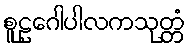
စူဠဂေါပါလကသုတ္တံ